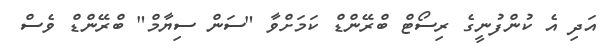
އަދި އެ ކުންފުނީގެ ރިސޯޓް ބްރޭންޑް ކަމަށްވާ "ސަން ސިޔާމް" ބްރޭންޑް ވެސް